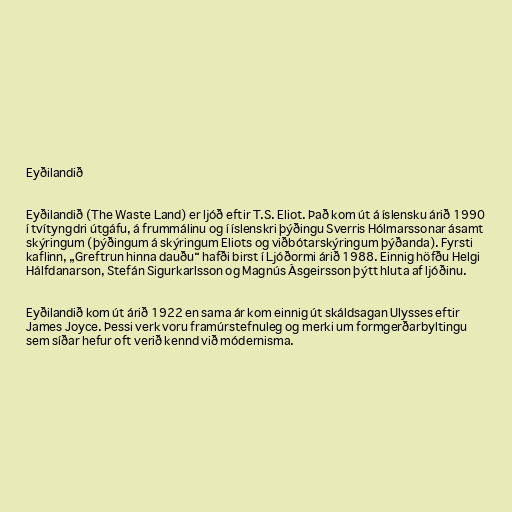
Eyðilandið

Eyðilandið (The Waste Land) er ljóð eftir T.S. Eliot. Það kom út á íslensku árið 1990
í tvítyngdri útgáfu, á frummálinu og í íslenskri þýðingu Sverris Hólmarssonar ásamt
skýringum (þýðingum á skýringum Eliots og viðbótarskýringum þýðanda). Fyrsti
kaflinn, „Greftrun hinna dauðu“ hafði birst í Ljóðormi árið 1988. Einnig höfðu Helgi
Hálfdanarson, Stefán Sigurkarlsson og Magnús Ásgeirsson þýtt hluta af ljóðinu.

Eyðilandið kom út árið 1922 en sama ár kom einnig út skáldsagan Ulysses eftir
James Joyce. Þessi verk voru framúrstefnuleg og merki um formgerðarbyltingu
sem síðar hefur oft verið kennd við módernisma.